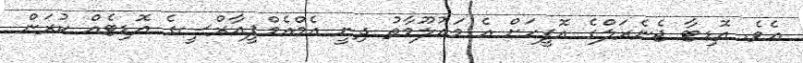
އެވެ. އޮޑިޓާ ޖެނެރަލްގެ އޮފީހަށް އެ މައުލޫމާތު ދިނީ އެމްއެމްޕީއާރްސީގެ އޮޑިޓެއް ކުރަން